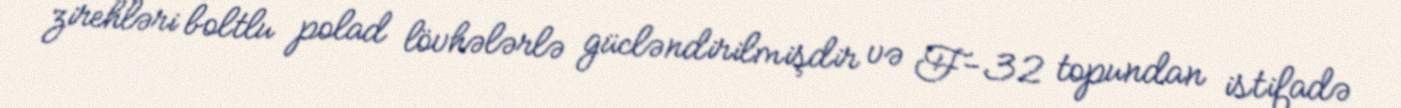
zirehləri boltlu polad lövhələrlə gücləndirilmişdir və F-32 topundan istifadə